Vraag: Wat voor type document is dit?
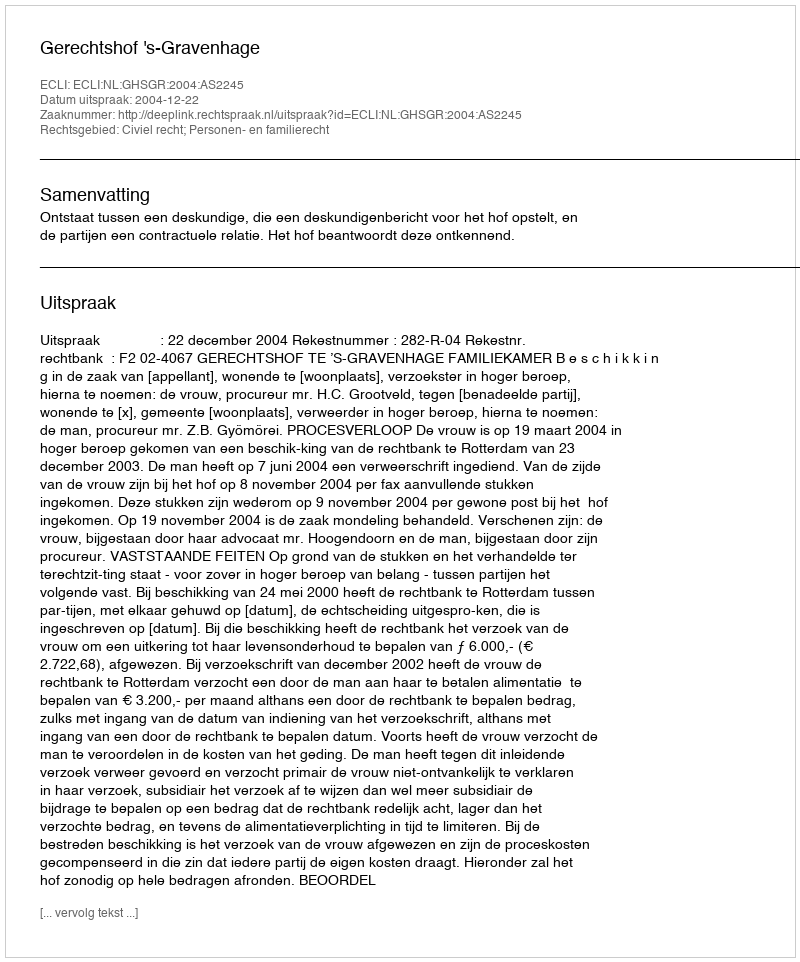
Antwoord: Uitspraak